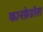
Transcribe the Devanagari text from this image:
कानफ़ेडरेता